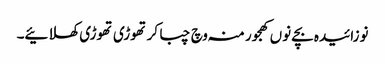
نوزائیدہ بچے نو‏‏ں کھجور منہ وچ چبا کر تھوڑی تھوڑی کھلائیے۔